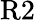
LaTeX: \mathrm{R2}